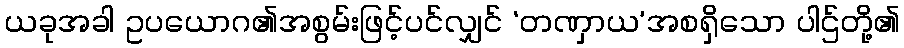
ယခုအခါ ဥပယောဂ၏အစွမ်းဖြင့်ပင်လျှင် ‘တဏှာယ’အစရှိသော ပါဌ်တို့၏